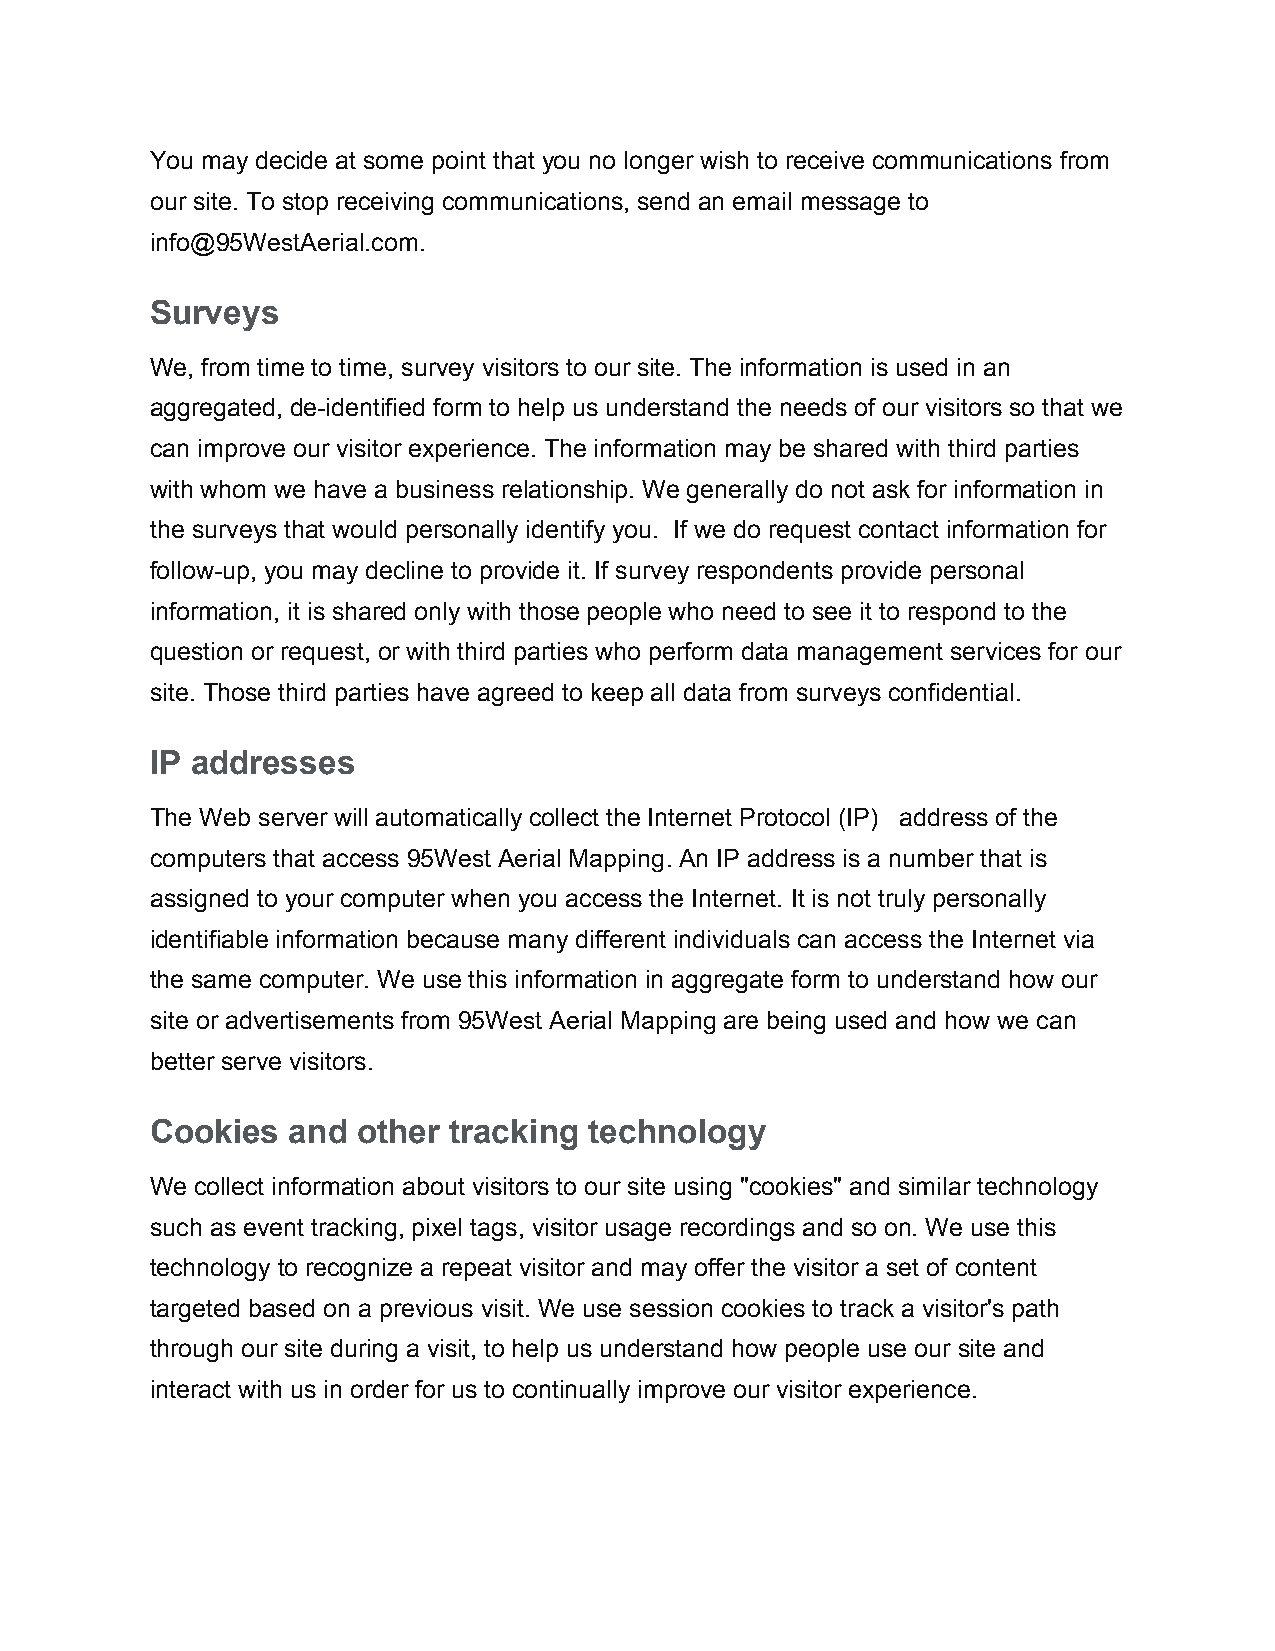
You may decide at some point that you no longer wish to receive communications from
 our site. To stop receiving communications, send an email message to
 info@95WestAerial.com.
 Surveys
 We, from time to time, survey visitors to our site. The information is used in an
 aggregated, de­identified form to help us understand the needs of our visitors so that we
 can improve our visitor experience. The information may be shared with third parties
 with whom we have a business relationship. We generally do not ask for information in
 the surveys that would personally identify you. If we do request contact information for
 follow­up, you may decline to provide it. If survey respondents provide personal
 information, it is shared only with those people who need to see it to respond to the
 question or request, or with third parties who perform data management services for our
 site. Those third parties have agreed to keep all data from surveys confidential.
 IP addresses
 The Web server will automatically collect the Internet Protocol (IP) address of the
 computers that access 95West Aerial Mapping. An IP address is a number that is
 assigned to your computer when you access the Internet. It is not truly personally
 identifiable information because many different individuals can access the Internet via
 the same computer. We use this information in aggregate form to understand how our
 site or advertisements from 95West Aerial Mapping are being used and how we can
 better serve visitors.
 Cookies  and  other tracking technology
 We collect information about visitors to our site using "cookies" and similar technology
 such as event tracking, pixel tags, visitor usage recordings and so on. We use this
 technology to recognize a repeat visitor and may offer the visitor a set of content
 targeted based on a previous visit. We use session cookies to track a visitor's path
 through our site during a visit, to help us understand how people use our site and
 interact with us in order for us to continually improve our visitor experience.